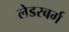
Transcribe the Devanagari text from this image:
लेडरबर्ग